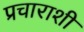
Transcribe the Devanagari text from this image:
प्रचाराशी